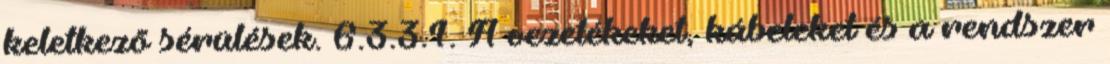
keletkezõ sérülések. 6.3.3.1. A vezetékeket, kábeleket és a rendszer